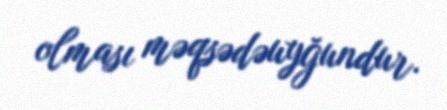
olması məqsədəuyğundur.